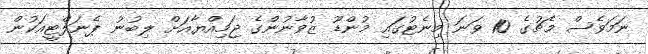
ނަމަވެސް މެޗުގެ 10 ވަނަ މިނެޓުގައި މުންޑޫ ޒުވާނުންގެ ޖަމިއްޔާއަށް ލިބުނު ޕެނަލްޓީއަކުން